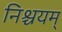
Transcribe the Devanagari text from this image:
निश्चयम्